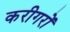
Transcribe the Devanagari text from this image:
करीगरों